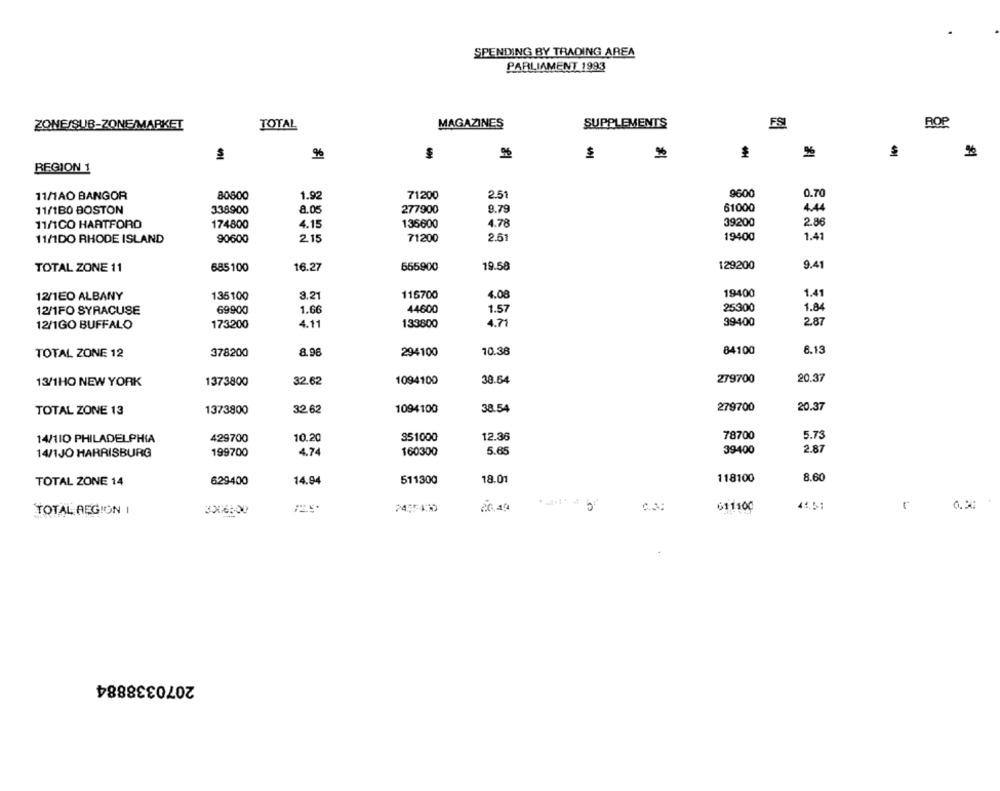
SPENDING BY TRADING AREA
PARLIAMENT 1993
ZONE/SUB-ZONE/MARKET
TOTAL
MAGAZINES
SUPPLEMENTS
FSI
ROP
%
%
%
REGION 1
11/1AO BANGOR
80800
1.92
71200
2.51
9600
0.70
61000
44
11/1B0 BOSTON
338900
8.05
277900
9.79
4.78
39200
11/1CO HARTFORO
174800
4.15
136600
2.86
11/1DO RHODE ISLAND
2.15
71200
2.51
19400
1.41
90600
TOTAL ZONE 11
685100
16.27
655900
19.58
129200
9.41
115700
4.08
19400
1.41
12/1EO ALBANY
135100
3.21
69900
1.66
44600
25300
1.84
12/1FO SYRACUSE
1.57
12/1GO BUFFALO
173200
4.11
133800
4.71
99400
2.87
TOTAL ZONE 12
378200
8.96
294100
10.38
84100
8.15
32.62
1094100
30.64
279700
20.37
13/1HO NEW YORK
1373800
TOTAL ZONE 13
1373800
32 62
1094100
38.54
279700
20.37
12.36
78700
5.73
14/110 PHILADELPHIA
429700
10.20
351000
4.74
160300
5.65
39400
2.87
14/1JO HARRISBURG
199700
TOTAL ZONE 14
629400
14.94
511300
18.01
118100
8.60
45.51
TOTAL REGION I
245540
2.6.49
611:00
2070338884